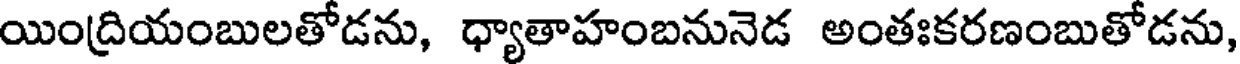
యింద్రియంబులతోడను, ధ్యాతాహంబనునెడ అంతఃకరణంబుతోడను,